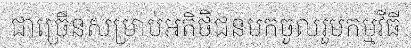
ជាច្រើនសម្រាប់អតិថិជនមកចូលរួមកម្មវីធី